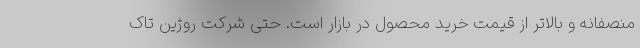
منصفانه و بالاتر از قیمت خرید محصول در بازار است. حتی شرکت روژین تاک